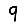
Digit: 9